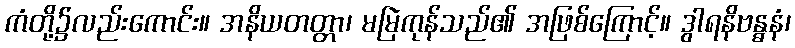
ကံတို့၌လည်းကောင်း။ အနိယတတ္တာ၊ မမြဲကုန်သည်၏ အဖြစ်ကြောင့်။ ဒွါရနိဗန္ဓနံ၊